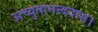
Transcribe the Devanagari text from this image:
अच्युतानन्ददास।